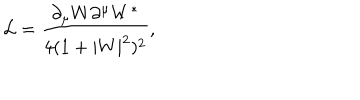
LaTeX: \mathcal { L } = \frac { \partial _ { \mu } W \partial ^ { \mu } W ^ { * } } { 4 ( 1 + | W | ^ { 2 } ) ^ { 2 } } ,